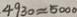
4 9 3 0 \approx 5 0 0 0